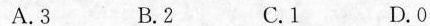
A.3 B.2 C.1 D.0